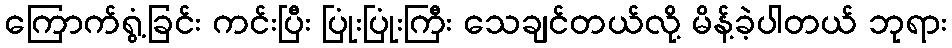
ကြောက်ရွံ့ခြင်း ကင်းပြီး ပြုံးပြုံးကြီး သေချင်တယ်လို့ မိန့်ခဲ့ပါတယ် ဘုရား